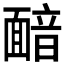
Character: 𩈴